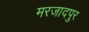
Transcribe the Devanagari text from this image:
मरजादपुर